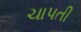
ચાપતી